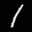
Label: 1